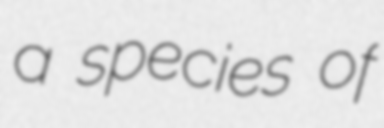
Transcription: a species of